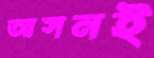
আসনই